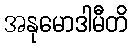
အနုမောဒါမီတိ